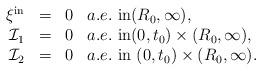
LaTeX: \begin{align*}\begin{array}{rcll}\xi^{\mathrm{in}}&=&0& a.e.~\mbox{in}(R_{0},\infty),\\\mathcal{I}_{1}&=&0 & a.e.~\mbox{in}(0, t_{0})\times(R_{0}, \infty), \\\mathcal{I}_{2}&=&0 & a.e.~\mbox{in}~(0, t_{0})\times(R_{0}, \infty).\end{array}\end{align*}